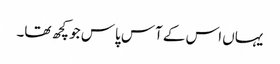
یہاں اس کے آس پاس جو کچھ تھا۔